Annual report of the Imperial Bacteriologist
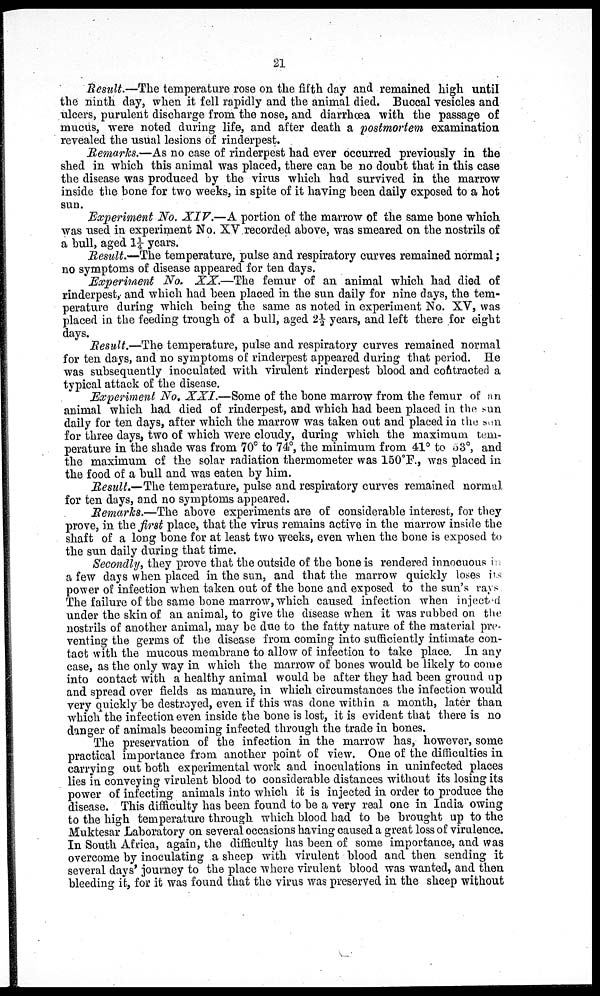
21
Result.—The temperature rose on the fifth day and remained high until
the ninth day, when it fell rapidly and the animal died. Buccal vesicles and
ulcers, purulent discharge from the nose, and diarrhœa with the passage of
mucus, were noted during life, and after death a postmortem examination
revealed the usual lesions of rinderpest.
Remarks.—As no case of rinderpest had ever occurred previously in the
shed in which this animal was placed, there can be no doubt that in this case
the disease was produced by the virus which had survived in the marrow
inside the bone for two weeks, in spite of it having been daily exposed to a hot
sun.
Experiment No. XIV.—A portion of the marrow of the same bone which
was used in experiment No. XV recorded above, was smeared on the nostrils of
a bull, aged 1¼ years.
Result.—The temperature, pulse and respiratory curves remained normal;
no symptoms of disease appeared for ten days.
Experiment No. XX.—The femur of an animal which had died of
rinderpest, and which had been placed in the sun daily for nine days, the tem-
perature during which being the same as noted in experiment No. XV, was
placed in the feeding trough of a bull, aged 2½ years, and left there for eight
days.
Result.—The temperature, pulse and respiratory curves remained normal
for ten days, and no symptoms of rinderpest appeared during that period. He
was subsequently inoculated with virulent rinderpest blood and contracted a
typical attack of the disease.
Experiment No. XXI.—Some of the bone marrow from the femur of an
animal which had died of rinderpest, and which had been placed in the sun
daily for ten days, after which the marrow was taken out and placed in the sun
for three days, two of which were cloudy, during which the maximum tem-
perature in the shade was from 70° to 74°, the minimum from 41° to 53°, and
the maximum of the solar radiation thermometer was 150°F., was placed in
the food of a bull and was eaten by him.
Result.—The temperature, pulse and respiratory curves remained normal
for ten days, and no symptoms appeared.
Remarks.—The above experiments are of considerable interest, for they
prove, in the first place, that the virus remains active in the marrow inside the
shaft of a long bone for at least two weeks, even when the bone is exposed to
the sun daily during that time.
Secondly, they prove that the outside of the bone is rendered innocuous in
a few days when placed in the sun, and that the marrow quickly loses its
power of infection when taken out of the bone and exposed to the sun's rays.
The failure of the same bone marrow, which caused infection when injected
under the skin of an animal, to give the disease when it was rubbed on the
nostrils of another animal, may be due to the fatty nature of the material pre-
venting the germs of the disease from coming into sufficiently intimate con-
tact with the mucous membrane to allow of infection to take place. In any
case, as the only way in which the marrow of bones would be likely to come
into contact with a healthy animal would be after they had been ground up
and spread over fields as manure, in which circumstances the infection would
very quickly be destroyed, even if this was done within a month, later than
which the infection even inside the bone is lost, it is evident that there is no
danger of animals becoming infected through the trade in bones.
The preservation of the infection in the marrow has, however, some
practical importance from another point of view. One of the difficulties in
carrying out both experimental work and inoculations in uninfected places
lies in conveying virulent blood to considerable distances without its losing its
power of infecting animals into which it is injected in order to produce the
disease. This difficulty has been found to be a very real one in India owing
to the high temperature through which blood had to be brought up to the
Muktesar Laboratory on several occasions having caused a great loss of virulence.
In South Africa, again, the difficulty has been of some importance, and was
overcome by inoculating a sheep with virulent blood and then sending it
several days' journey to the place where virulent blood was wanted, and then
bleeding it, for it was found that the virus was preserved in the sheep without